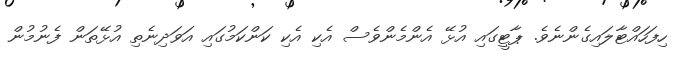
ހިފަހައްޓާލައިގެންނެވެ. ޕާޓީގައި އުޅޭ އެންމެންވެސް އެކި އެކި ކަންކަމުގައި އަވަދިނެތި އުޅޭތަން ފެނުމުން